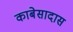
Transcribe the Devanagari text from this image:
काबेसादास